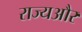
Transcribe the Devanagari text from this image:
राज्यऔर